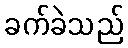
ခက်ခဲသည်